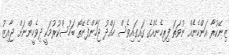
ޒިނޭކުރާ އަންހެނެއް ނުވަތަ ފިރިހެނެއްގެ ގައިގައިވެސް ހައްދު ޖަހާންފެނޭތޯ ބަހުސްކުރުމަކީ ދިވެހީންނަށް ޖާއިޒު